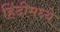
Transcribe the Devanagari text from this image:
हिंंदीमध्ये